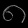
Digit: ၈